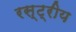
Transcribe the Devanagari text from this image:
रस्ट्रीय